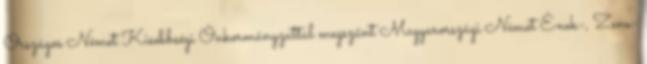
Országos Német Kisebbségi Önkormányzattal megszűnt Magyarországi Német Ének-, Zene-